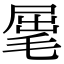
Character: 𣮈